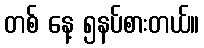
တစ် နေ့ ၅နပ်စားတယ်။